Document type: Sale
Year: 1435
Scribe: Pere Soler
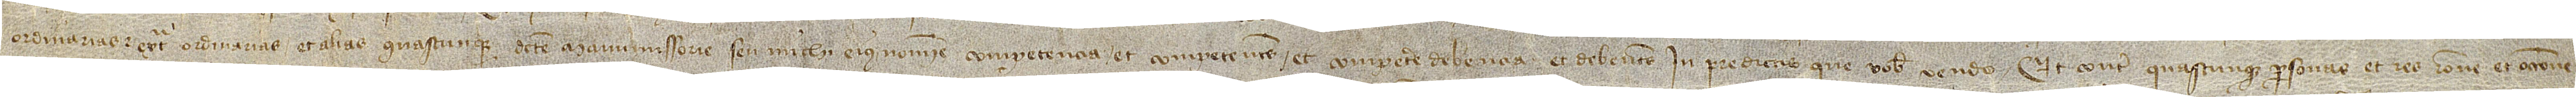
ordinarias et extra ordinarias et alias quascunque dicte manumissorie seu michi eius nomine competencia et competentes et competere debencia et debentes in predictis que vobis vendo, et contra quascunque personas et res ratione et occasione